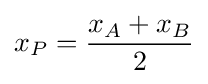
x_{P}={\frac {x_{A}+x_{B}}{2}}